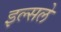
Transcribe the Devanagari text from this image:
इल्सले